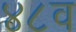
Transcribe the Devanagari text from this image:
४८व